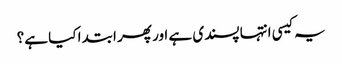
یہ کیسی انتہا پسندی ہے اور پھر ابتدا کیا ہے؟